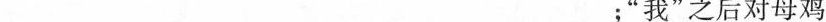
___ ；”我”之后对母鸡